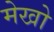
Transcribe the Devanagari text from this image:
मेखो